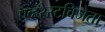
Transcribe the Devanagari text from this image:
एव्हरेस्टविजेता